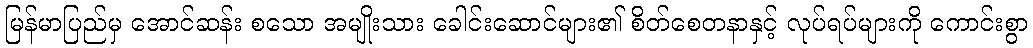
မြန်မာပြည်မှ အောင်ဆန်း စသော အမျိုးသား ခေါင်းဆောင်များ၏ စိတ်စေတနာနှင့် လုပ်ရပ်များကို ကောင်းစွာ